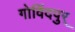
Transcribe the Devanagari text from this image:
गोविंदपुर्